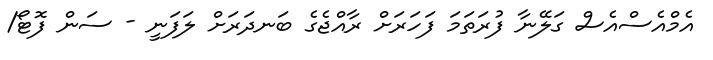
އެމްއެސްއެސް ގަލޭނާ ފުރަތަމަ ފަހަރަށް ރާއްޖެގެ ބަނދަރަށް ލަފަނީ - ސަން ފޮޓޯ/